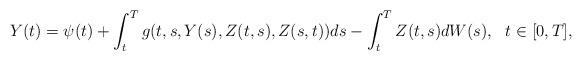
LaTeX: \begin{align*} Y(t)=\psi(t) + \int_t^T g(t,s,Y(s),Z(t,s),Z(s,t)) ds - \int_t^T Z(t,s) dW(s), \ \ t\in [0,T],\end{align*}